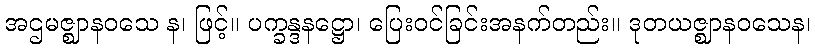
အဌမဇ္ဈာနဝသေ န၊ ဖြင့်။ ပက္ခန္ဒနဋ္ဌော၊ ပြေးဝင်ခြင်းအနက်တည်း။ ဒုတယဇ္ဈာနဝသေန၊